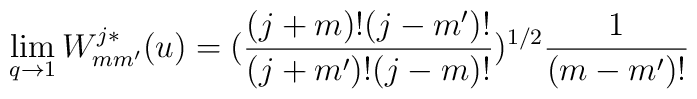
\lim _{q\to 1}W^{j*}_{mm'}(u)=(\frac{(j+m)!(j-m')!}{ (j+m')!(j-m)!} )^{1/2}\frac{1}{(m-m')!}